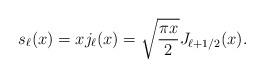
LaTeX: \begin{align*}s_\ell(x) = x j_\ell(x) = \sqrt{{\pi x\over 2}} J_{{\ell+1/2}}(x).\end{align*}